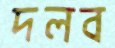
দলব